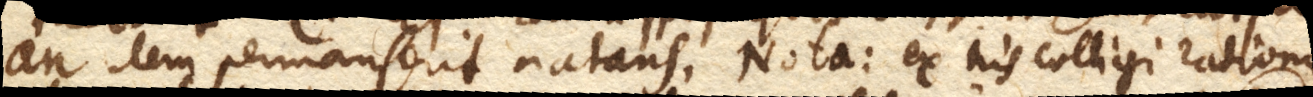
an item permanserit natans. Nota: ex his colligi rationes